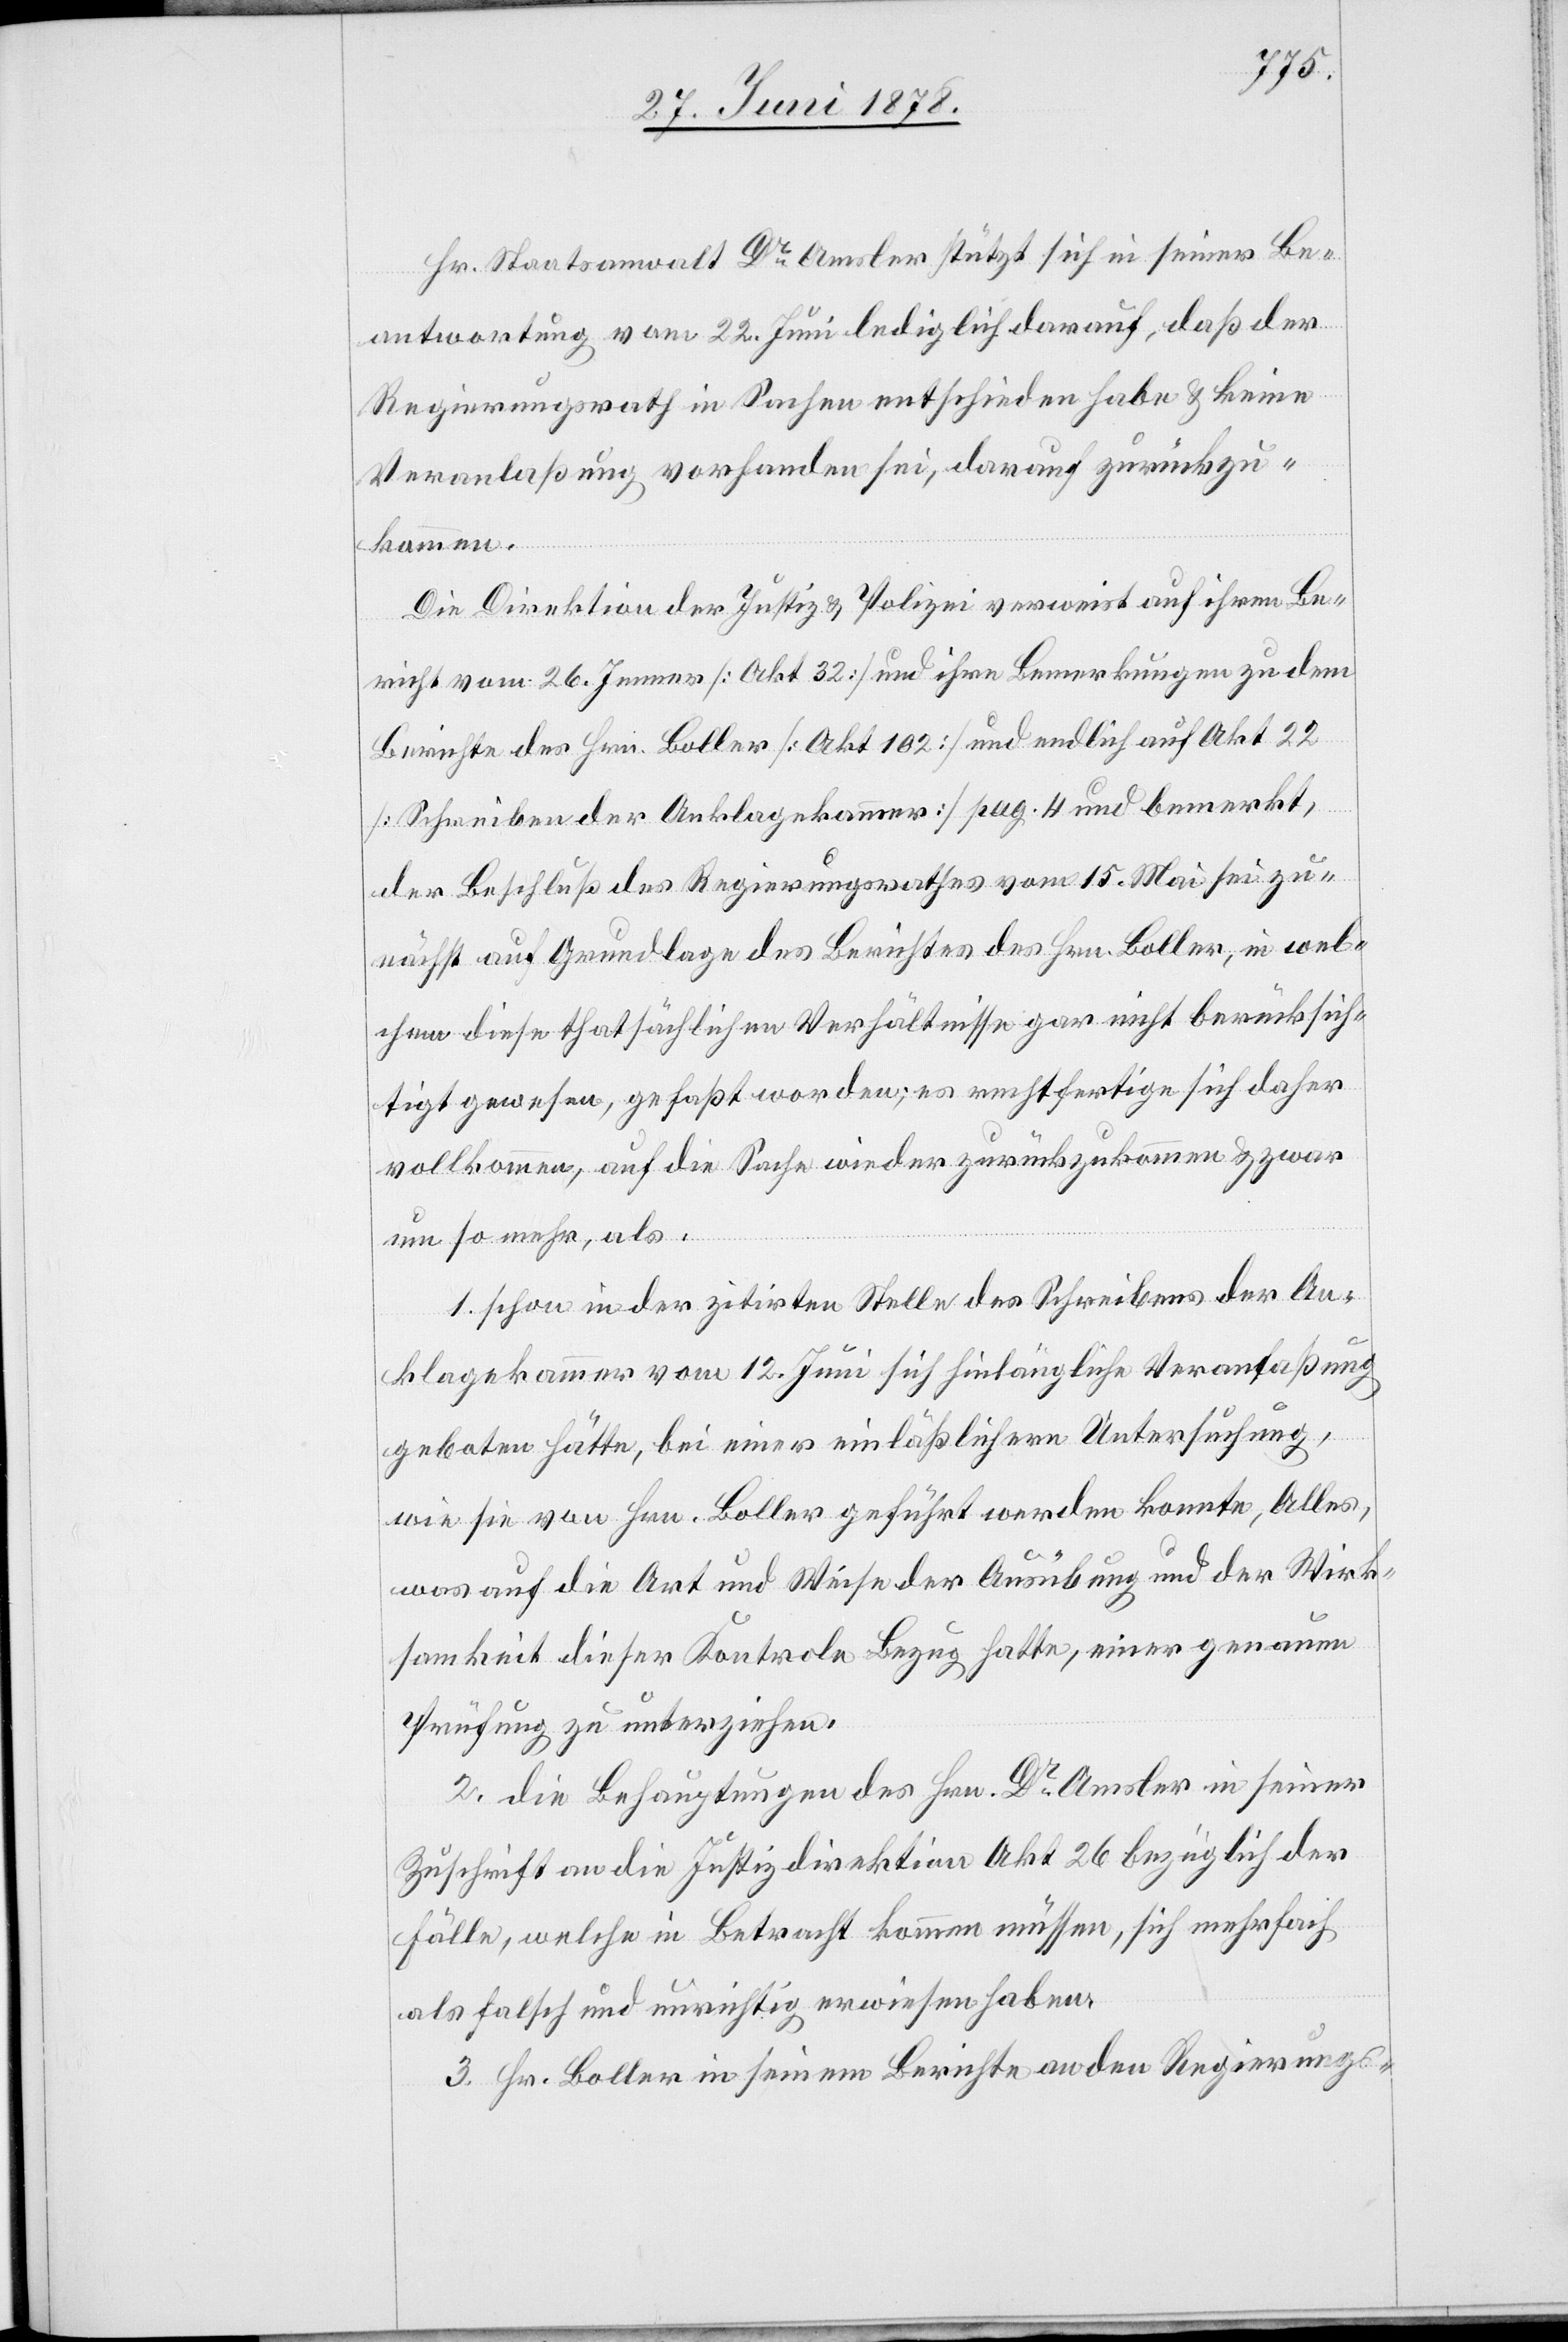
Hr. Staatsanwalt Dr Amsler stützt sich in seiner Be¬
antwortung vom 22. Juni lediglich darauf, daß der
Regierungsrath in Sachen entschieden habe & keine
Veranlaßung vorhanden sei, darauf zurückzu¬
kommen.
Die Direktion der Justiz & Polizei verweist auf ihren Be¬
richt vom 26. Jenner [Akt 32] und ihre Bemerkungen zu dem
Berichte des Hrn. Boller [Akt 102] und endlich auf Akt 22
[Schreiben der Anklagekammer] pag. 4 und bemerkt,
der Beschluß des Regierungsrathes vom 15. Mai sei zu¬
nächst auf Grundlage des Berichtes des Hrn. Boller, in wel¬
chem diese thatsächlichen Verhältnisse gar nicht berücksich¬
tigt gewesen, gefaßt worden; es rechtfertige sich daher
vollkommen, auf die Sache wieder zurückzukommen & zwar
um so mehr, als:
1. schon in der zitirten Stelle des Schreibens der An¬
klagekammer vom 12. Juni sich hinlängliche Veranlaßung
geboten hätte, bei einer einläßlichern Untersuchung,
wie sie von Hrn. Boller geführt werden konnte, Alles,
was auf die Art und Weise der Ausübung und der Wirk¬
samkeit dieser Kontrole Bezug hatte, einer genauen
Prüfung zu unterziehen.
2. die Behauptungen des Hrn. Dr Amsler in seiner
Zuschrift an die Justizdirektion Akt. 26 bezüglich der
Fälle, welche in Betracht kommen müssen, sich mehrfach
als falsch und unrichtig erwiesen haben.
3. Hr. Boller in seinem Berichte an den Regierungs-